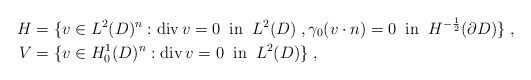
\begin{align*}H &= \{ v\in L^2(D)^n: \operatorname{div} v = 0 \;\;\mbox{in}\;\; L^2(D)\;, \gamma_0(v\cdot n) = 0 \;\;\mbox{in}\;\; H^{-\frac12}(\partial D) \}\;,\\V &= \{ v\in H^1_0(D)^n: \operatorname{div} v = 0 \;\;\mbox{in}\;\; L^2(D)\}\;,\end{align*}